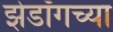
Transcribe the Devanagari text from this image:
झेडॉँगच्या